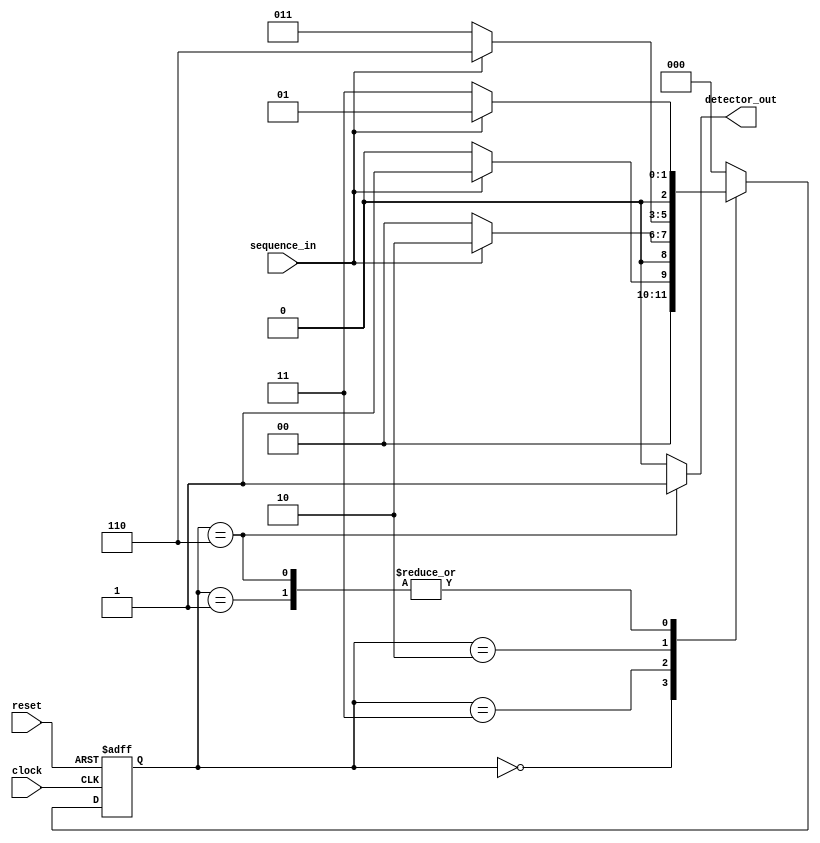
module Sequence_Detector_MOORE_Verilog(sequence_in,clock,reset,detector_out
    );
input clock; 
input reset; 
input sequence_in; 
output reg detector_out; 
parameter  Zero=3'b000, 
  One=3'b001, 
  OneZero=3'b011, 
  OneZeroOne=3'b010, 
  OneZeroOneOne=3'b110;
reg [2:0] current_state, next_state; 
always @(posedge clock, posedge reset)
begin
 if(reset==1) 
 current_state <= Zero;
 else
 current_state <= next_state; 
end 
always @(current_state,sequence_in)
begin
 case(current_state) 
 Zero:begin
  if(sequence_in==1)
   next_state = One;
  else
   next_state = Zero;
 end
 One:begin
  if(sequence_in==0)
   next_state = OneZero;
  else
   next_state = One;
 end
 OneZero:begin
  if(sequence_in==0)
   next_state = Zero;
  else
   next_state = OneZeroOne;
 end 
 OneZeroOne:begin
  if(sequence_in==0)
   next_state = OneZero;
  else
   next_state = OneZeroOneOne;
 end
 OneZeroOneOne:begin
  if(sequence_in==0)
   next_state = OneZero;
  else
   next_state = One;
 end
 default:next_state = Zero;
 endcase
end
always @(current_state)
begin 
 case(current_state) 
 Zero:   detector_out = 0;
 One:   detector_out = 0;
 OneZero:  detector_out = 0;
 OneZeroOne:  detector_out = 0;
 OneZeroOneOne:  detector_out = 1;
 default:  detector_out = 0;
 endcase
end 
endmodule